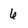
Character: 6